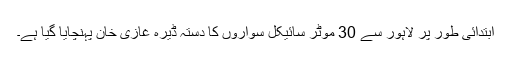
ابتدائی طور پر لاہور سے 30 موٹر سائیکل سواروں کا دستہ ڈیرہ غازی خان پہنچایا گیا ہے۔